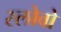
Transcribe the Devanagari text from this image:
स्लोवो